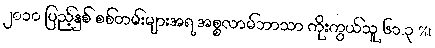
၂၀၁၀ ပြည့်နှစ် စစ်တမ်းများအရ အစ္စလာမ်ဘာသာ ကိုးကွယ်သူ ၆၁.၃ %၊